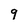
Character: 9